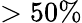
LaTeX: >50\%